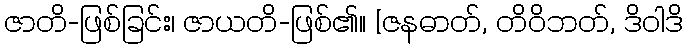
ဇာတိ-ဖြစ်ခြင်း၊ ဇာယတိ-ဖြစ်၏။ [ဇနဓာတ်, တိဝိဘတ်, ဒိဝါဒိ